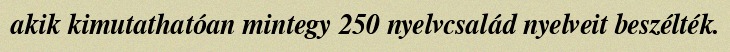
akik kimutathatóan mintegy 250 nyelvcsalád nyelveit beszélték.